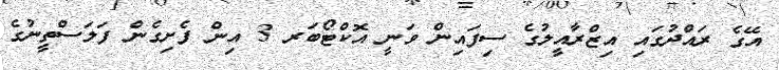
އޭގެ ރައްދުގައި އިޒްރާއީލުގެ ސިފައިން ވަނީ އޮކްޓޯބަރ 3 އިން ފެށިގެން ފަލަސްތީނުގެ